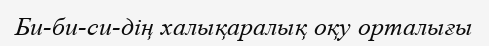
Би-би-си-дің халықаралық оқу орталығы